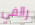
رالفي